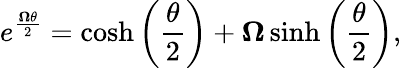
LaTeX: e^{\frac{{\boldsymbol{\Omega}}\theta}{2}}=\cosh\left({\frac{\theta}{2}}\right)+{\boldsymbol{\Omega}}\sinh\left({\frac{\theta}{2}}\right),